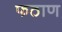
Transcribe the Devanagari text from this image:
फठाण